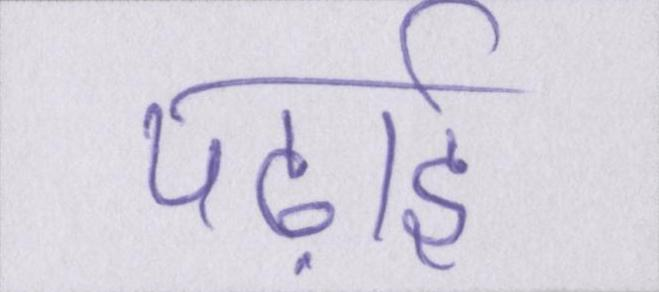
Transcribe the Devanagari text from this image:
पढ़ाई